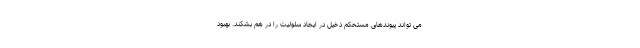
می تواند پیوندهای مستحکم دخیل در ایجاد سلولیت را در هم بشکند. بهبود